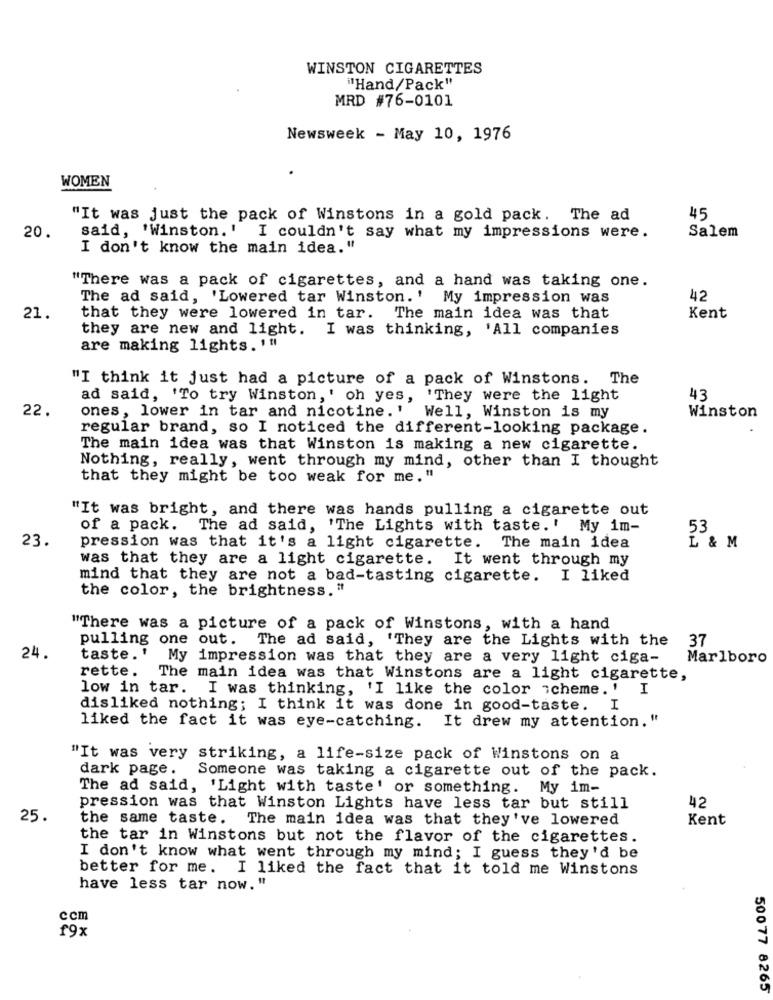
WINSTON CIGARETTES
"Hand/Pack"
MRD #76-0101
Newsweek - May 10, 1976
WOMEN
"It was just the pack of Winstons in a gold pack. The ad
45
Salem
20.
said, 'Winston.' I couldn't say what my impressions were.
I don't know the main idea. "
"There was a pack of cigarettes, and a hand was taking one.
The ad said, 'Lowered tar Winston.' My impression was
42
21.
that they were lowered in tar. The main idea was that
Kent
they are new and light. I was thinking, 'All companies
are making lights. '"
"I think it just had a picture of a pack of Winstons. The
ad said, 'To try Winston, ' oh yes, 'They were the light
43
22.
ones, lower in tar and nicotine.' Well, Winston is my
Winston
regular brand, so I noticed the different-looking package.
The main idea was that Winston is making a new cigarette.
Nothing, really, went through my mind, other than I thought
that they might be too weak for me. "
"It was bright, and there was hands pulling a cigarette out
of a pack. The ad said, 'The Lights with taste.' My im-
23.
53
pression was that it's a light cigarette. The main idea
I & M
was that they are a light cigarette. It went through my
mind that they are not a bad-tasting cigarette. I liked
the color, the brightness."
"There was a picture of a pack of Winstons, with a hand
pulling one out. The ad said, 'They are the Lights with the 37
24.
taste.' My impression was that they are a very light ciga-
Marlboro
rette. The main idea was that Winstons are a light cigarette,
low in tar. I was thinking, 'I like the color scheme. '
I
disliked nothing; I think it was done in good-taste.
I
liked the fact it was eye-catching. It drew my attention."
"It was very striking, a life-size pack of Winstons on a
dark page. Someone was taking a cigarette out of the pack.
The ad said, 'Light with taste' or something. My im-
42
pression was that Winston Lights have less tar but still
25.
the same taste. The main idea was that they've lowered
Kent
the tar in Winstons but not the flavor of the cigarettes.
I don't know what went through my mind; I guess they'd be
better for me.
I liked the fact that it told me Winstons
have less tar now."
ccm
f9x
50077 8265